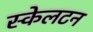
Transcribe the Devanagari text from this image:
स्केलटन